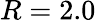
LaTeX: R=2.0